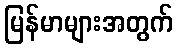
မြန်မာများအတွက်